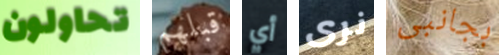
تحاولون قبلهم أي نرى بجانبى